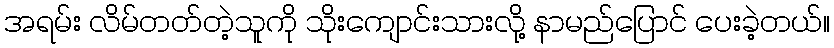
အရမ်း လိမ်တတ်တဲ့သူကို သိုးကျောင်းသားလို့ နာမည်ပြောင် ပေးခဲ့တယ်။